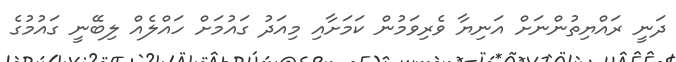
ދަނީ ރައްޔިތުންނަށް އަނިޔާ ވެރިވަމުން ކަމަށާއި މިއަދު ގައުމަށް ހައްލެއް ލިބޭނީ ގައުމުގެ